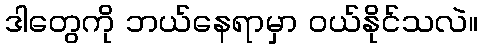
ဒါတွေကို ဘယ်နေရာမှာ ဝယ်နိုင်သလဲ။